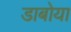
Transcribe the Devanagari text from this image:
डाबोया